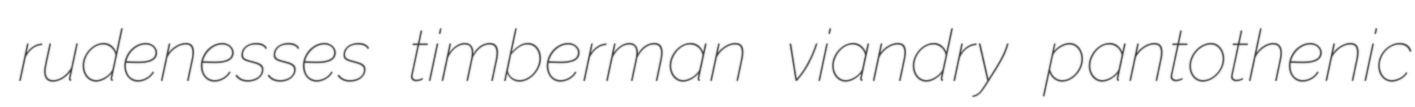
rudenesses timberman viandry pantothenic